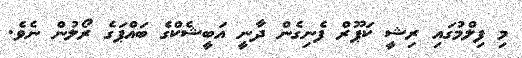
މި ފިލްމުގައި ރިޝީ ކަޕޫރް ފެނިގެން ދާނީ އަބީޝެކްގެ ބައްޕަގެ ރޯލުން ނެވެ.